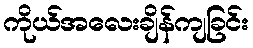
ကိုယ်အလေးချိန်ကျခြင်း